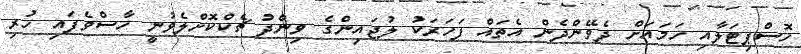
ހޮސްޕިޓަލާއި ހަމައަށް ދެވޭންދެން އެތައް ފަހަރަކު ލުޖައިންގެ ވިންދު ޗެކްކޮށްލެވުނީ ހާސްވެފައި ހުރި